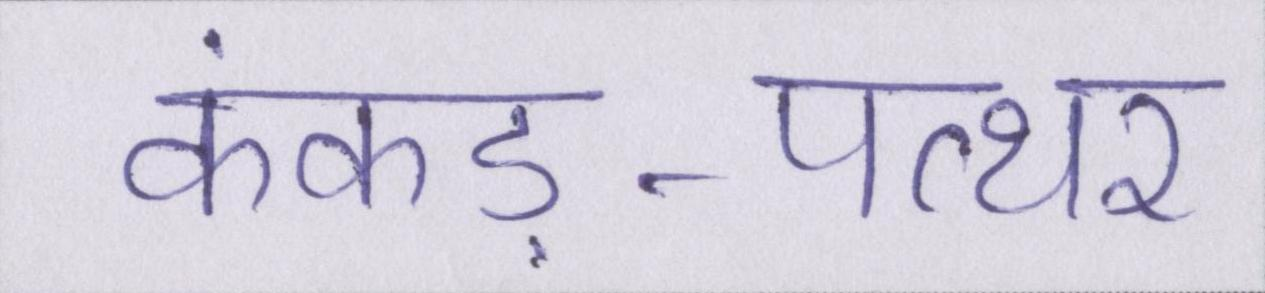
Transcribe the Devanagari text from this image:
कंकड़-पत्थर